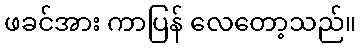
ဖခင်အား ကာပြန် လေတော့သည်။